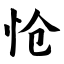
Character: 怆